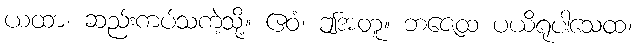
ယထာ၊ ဆည်းကပ်သကဲ့သို့။ ဧဝံ၊ ဤအတူ။ ဘဇေထ ပယိရုပါသေထ၊